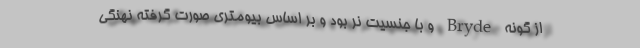
از گونه Bryde و با جنسیت نر بود و بر اساس بیومتری صورت گرفته نهنگی